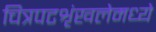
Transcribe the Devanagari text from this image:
चित्रपटशृंखलेमध्ये